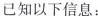
已知以下信息：